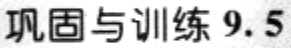
巩固与训练 9.5